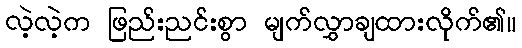
လဲ့လဲ့က ဖြည်းညင်းစွာ မျက်လွှာချထားလိုက်၏။